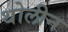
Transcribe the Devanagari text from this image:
थोलीन